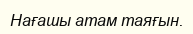
Нағашы атам таяғын.